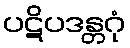
ပဋိပဒန္တဂုံ